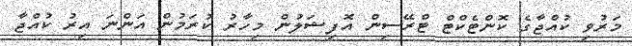
މަރުވި ކުއްޖާގެ ކޮންޓެކްޓް ޓްރޭސިން އޮފިޝަލުން މިހާރު ކުރަމުން އަންނަ އިރު ކުއްޖާ